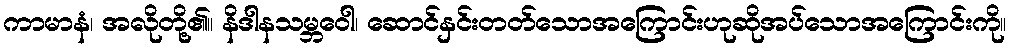
ကာမာနံ၊ အလိုတို့၏။ နိဒါနသမ္ဘဝေါ၊ ဆောင်နှင်းတတ်သောအကြောင်းဟုဆိုအပ်သောအကြောင်းကို။